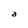
Character: a